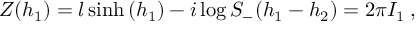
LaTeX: Z ( h _ { 1 } ) = l \sinh \left( h _ { 1 } \right) - i \log S _ { - } ( h _ { 1 } - h _ { 2 } ) = 2 \pi I _ { 1 } \: ,